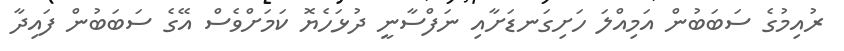
ރުއިމުގެ ސަބަބުން އަމިއްލަ ހަށިގަނޑަށާއި ނަފްސާނީ ދުޅަހެޔޮ ކަމަށްވެސް އޭގެ ސަބަބުން ފައިދާ